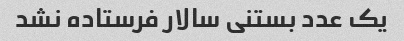
یک عدد بستنی سالار فرستاده نشد